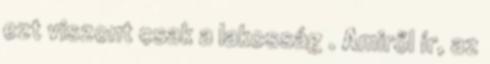
ezt viszont csak a lakosság . Amiről ír, az